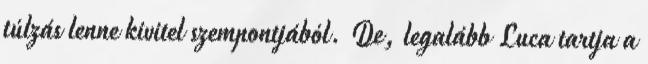
túlzás lenne kivitel szempontjából. De, legalább Luca tartja a